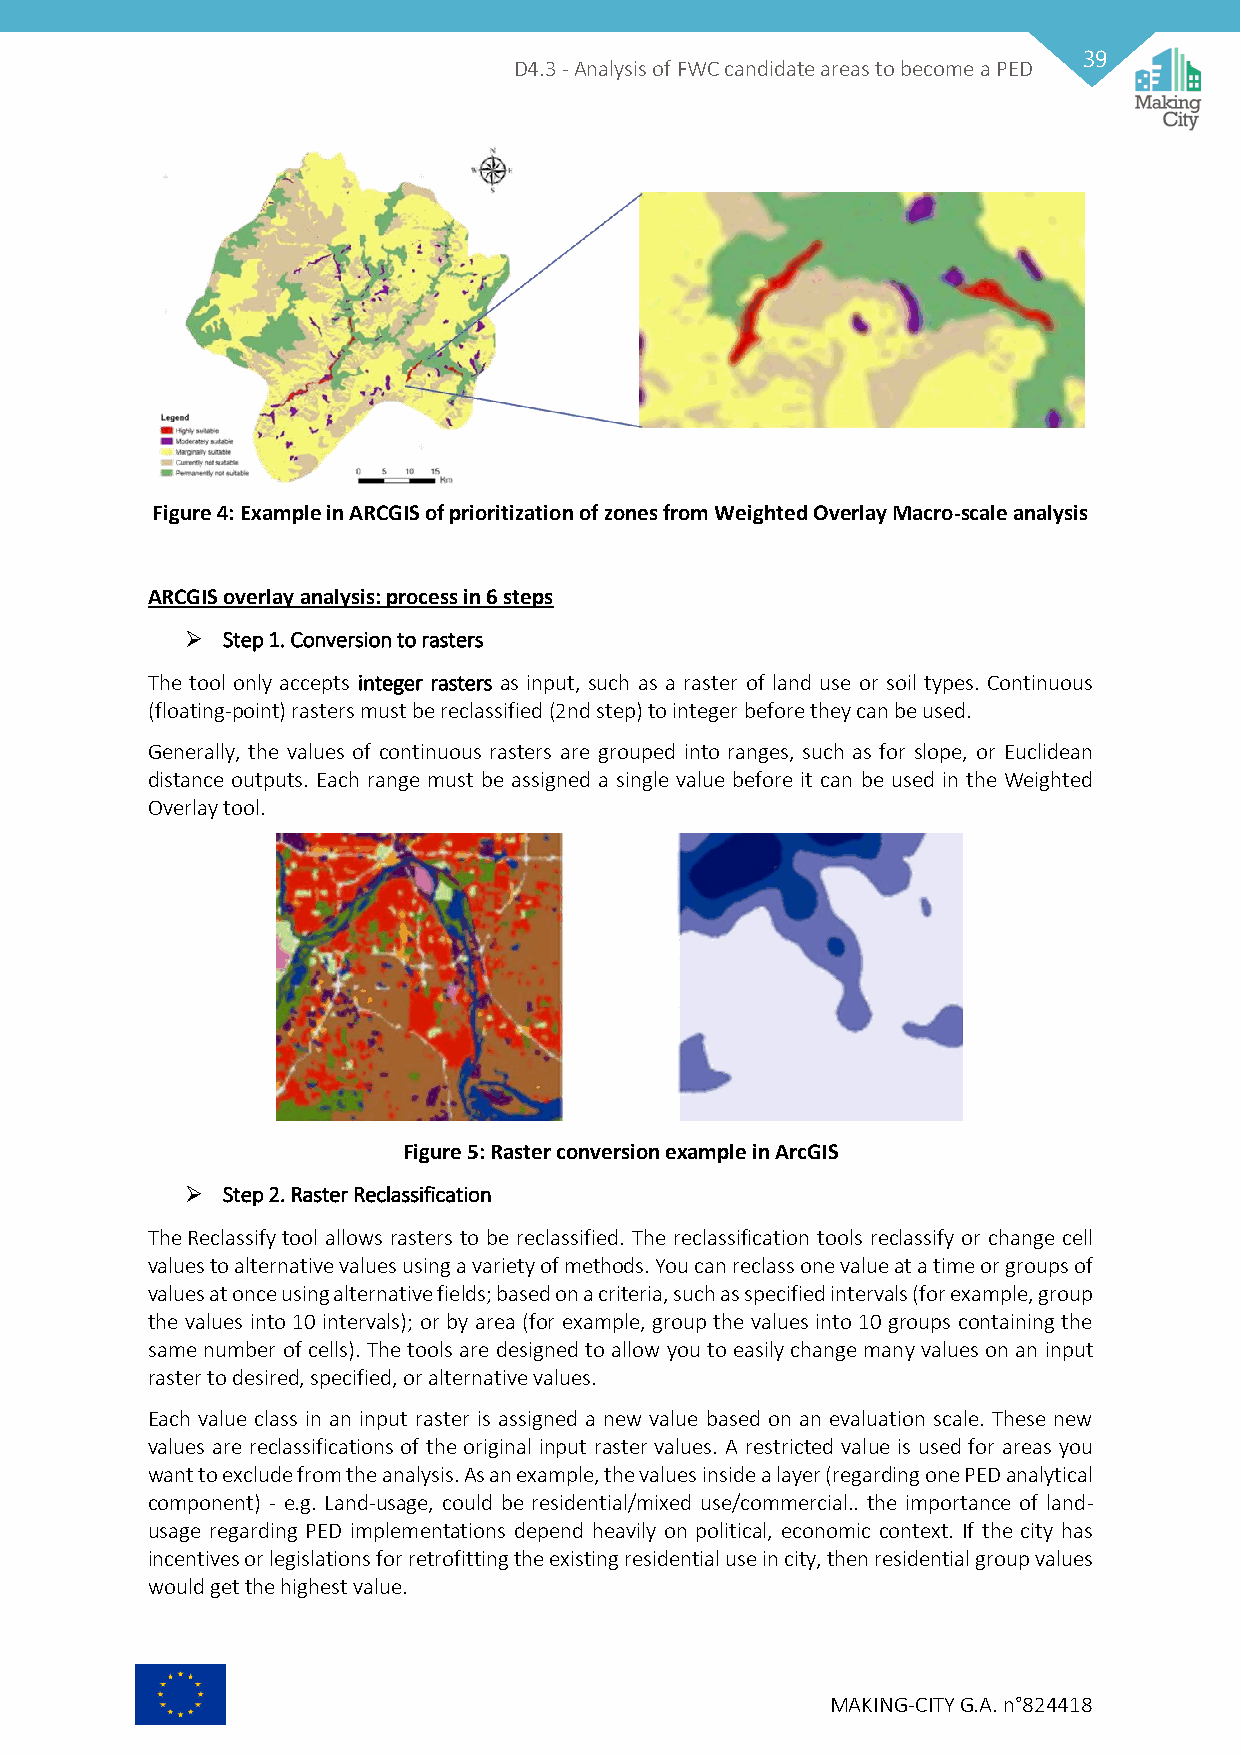
39
 D4.3 - Analysis of FWC candidate areas to become a PED
 Figure 4: Example in ARCGIS of prioritization of zones from Weighted Overlay Macro-scale analysis
 ARCGIS overlay analysis: process in 6 steps
   Step 1. Conversion to rasters
 The tool only accepts integer rasters as input, such as a raster of land use or soil types. Continuous
 (floating-point) rasters must be reclassified (2nd step) to integer before they can be used.
 Generally, the values of continuous rasters are grouped into ranges, such as for slope, or Euclidean
 distance outputs. Each range must be assigned a single value before it can be used in the Weighted
 Overlay tool.
 Figure 5: Raster conversion example in ArcGIS
   Step 2. Raster Reclassification
 The Reclassify tool allows rasters to be reclassified. The reclassification tools reclassify or change cell
 values to alternative values using a variety of methods. You can reclass one value at a time or groups of
 values at once using alternative fields; based on a criteria, such as specified intervals (for example, group
 the values into 10 intervals); or by area (for example, group the values into 10 groups containing the
 same number of cells). The tools are designed to allow you to easily change many values on an input
 raster to desired, specified, or alternative values.
 Each value class in an input raster is assigned a new value based on an evaluation scale. These new
 values are reclassifications of the original input raster values. A restricted value is used for areas you
 want to exclude from the analysis. As an example, the values inside a layer (regarding one PED analytical
 component) - e.g. Land-usage, could be residential/mixed use/commercial.. the importance of land-
 usage regarding PED implementations depend heavily on political, economic context. If the city has
 incentives or legislations for retrofitting the existing residential use in city, then residential group values
 would get the highest value.
 MAKING-CITY G.A. n°824418